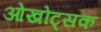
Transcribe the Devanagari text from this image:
ओखोट्सक